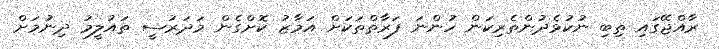
ރާއްޖޭގައި ތިބި ނުކުޅެދުންތެރިކަން ހުންނަ ފަރާތްތަކަށް އަމާޒު ކޮށްގެން މަދަރުސީ ތައުލީމު ދިނުމަށް